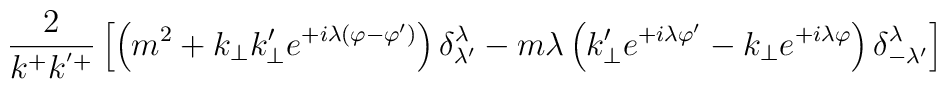
\hspace{-1cm}\frac{2}{k^+k^{'+}}\left[\left(m^2+k_{\perp}k'_{\perp}e^{+i\lambda(\varphi-\varphi')}\right)\delta^{\lambda}_{\lambda'}-m\lambda\left(k'_{\perp}e^{+i\lambda \varphi'}-k_{\perp} e^{+i\lambda\varphi}\right)\delta^{\lambda}_{-\lambda'}\right]